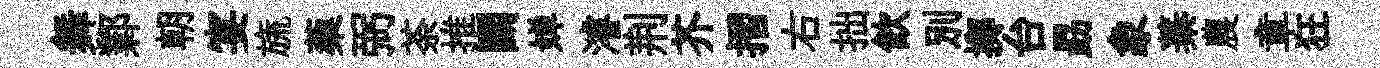
舞鄴朝宴旒蔾弼荼推鬬婵濬荆芥摺右拙飲別擲台勗象蓁農章狂